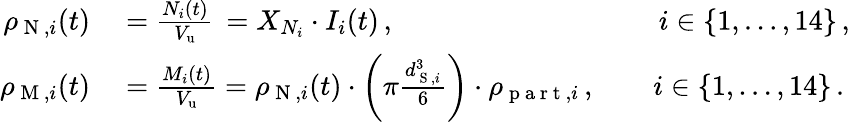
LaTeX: \begin{array}{rl}{\rho_{\mathrm{~N~},i}(t)}&{{}=\frac{N_{i}(t)}{V_{\mathrm{u}}}\, =X_{N_{i}}\cdot I_{i}(t)\, ,\phantom{\rho_{\mathrm{~N~},i}(t)\cdot\rho_{\mathrm{~p~a~r~t~},i}\cdot}\qquad i\in\{ 1,\dots,14\} \, ,}\\ {\rho_{\mathrm{~M~},i}(t)}&{{}=\frac{M_{i}(t)}{V_{\mathrm{u}}}=\rho_{\mathrm{~N~},i}(t)\cdot\left(\pi\frac{d_{\mathrm{~S~},i}^{3}}{6}\right)\cdot\rho_{\mathrm{~p~a~r~t~},i}\, ,\qquad i\in\{ 1,\dots,14\} \, .}\end{array}